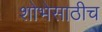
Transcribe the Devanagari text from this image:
शोभेसाठीच